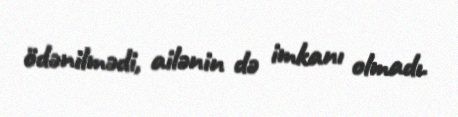
ödənilmədi, ailənin də imkanı olmadı.